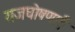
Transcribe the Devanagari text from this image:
राजघोषणाएँ